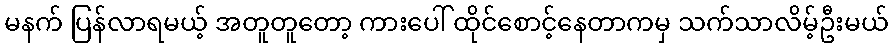
မနက် ပြန်လာရမယ့် အတူတူတော့ ကားပေါ် ထိုင်စောင့်နေတာကမှ သက်သာလိမ့်ဦးမယ်